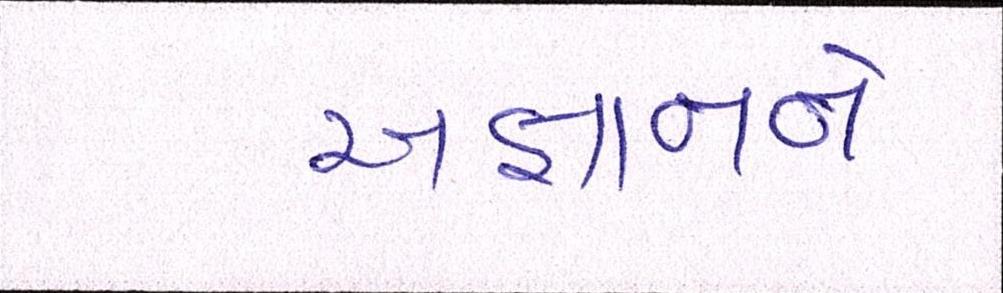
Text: અજ્ઞાનને